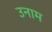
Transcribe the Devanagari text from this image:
उनाम